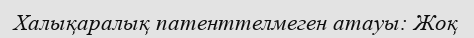
Халықаралық патенттелмеген атауы: Жоқ